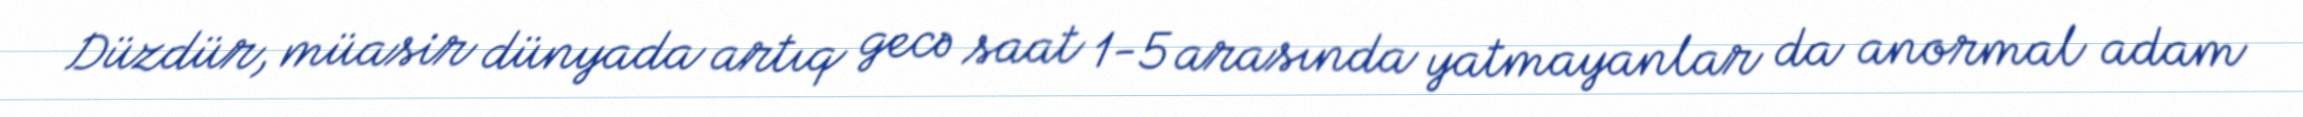
Düzdür, müasir dünyada artıq gecə saat 1-5 arasında yatmayanlar da anormal adam